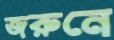
জরুনে